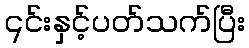
၎င်းနှင့်ပတ်သက်ပြီး